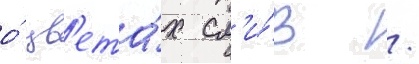
о́ цв'ета́х сл'и́в /